Papers set at the Examination for Leaving Certificates, 1891
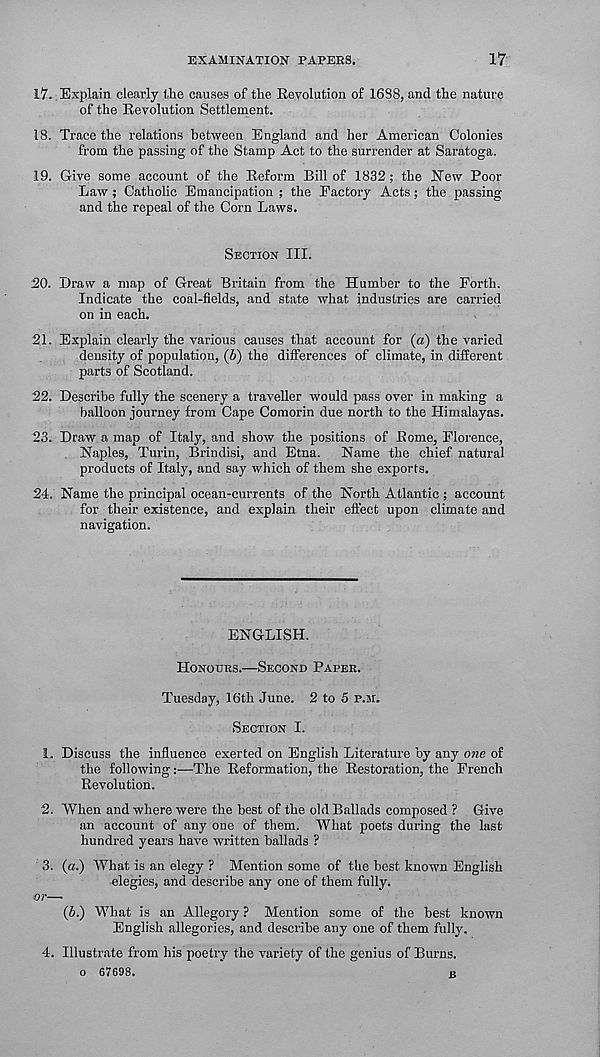
EXAMINATION PAPERS.
17
17. Explain clearly the causes of the Revolution of 1688, and the nature
of the Revolution Settlement.
18. Trace the relations between England and her American Colonies
from the passing of the Stamp Act to the surrender at Saratoga.
19. Give some account of the Reform Bill of 1832; the JSTew Poor
Law ; Catholic Emancipation ; the Factory Acts; the passing
and the repeal of the Corn Laws.
SECTION III.
20. Draw a map of Great Britain from the Humber to the Forth.
Indicate the coal-fields, and state what industries are carried
on in each.
21. Explain clearly the various causes that account for (a) the varied
density of population, (6) the differences of climate, in different
parts of Scotland.
22. Describe fully the scenery a traveller would pass over in making a
balloon journey from Cape Comorin due north to the Himalayas.
23. Draw a map of Italy, and show the positions of Rome, Florence,
Naples, Turin, Brindisi, and Etna.
Name the chief natural
products of Italy, and say which of them she exports.
24. Name the principal ocean-currents of the North Atlantic ; account
for their existence, and explain their effect upon climate and
navigation.
ENGLISH.
HONOURS.—SECOND PAPER.
Tuesday, 16th June. 2 to 5 P.BI.
SECTION I.
1. Discuss the influence exerted on English Literature by any one of
the following:—The Reformation, the Restoration, the French
Revolution.
2. When and where were the best of the old Ballads composed ? Give
an account of any one of them. What poets during the last
hundred years have written ballads ?
3. (a.) What is an elegy ? Mention some of the best known English
elegies, and describe any one of them fully.
or—
(b.) What is an Allegory ? Mention some of the best known
English allegories, and describe any one of them fully.
4. Illustrate from his poetry the variety of the genius of Burns.
o 67698.
B